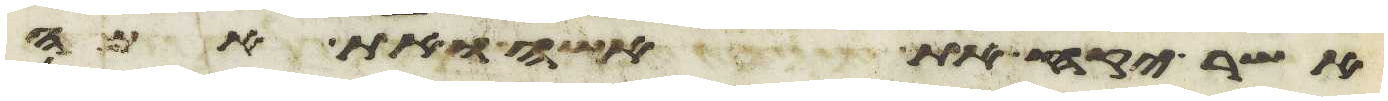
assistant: אשר יקח את אשה ואת אמה